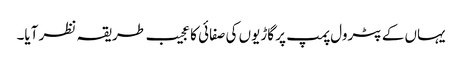
یہاں کے پٹرول پمپ پر گاڑیوں کی صفائی کا عجیب طریقہ نظر آیا۔